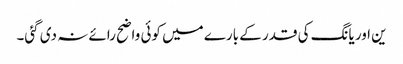
ین اور یانگ کی قدر کے بارے میں کوئی واضح رائے نہ دی گئی۔